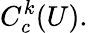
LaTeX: C_{c}^{k}(U).